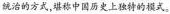
统治的方式，堪称中国历史上独特的模式。